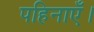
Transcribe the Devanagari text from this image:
पहिनाएँ।